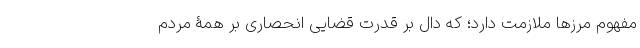
مفهوم مرزها ملازمت دارد؛ که دال بر قدرت قضایی انحصاری بر همۀ مردم